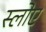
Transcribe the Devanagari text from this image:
स्लोए